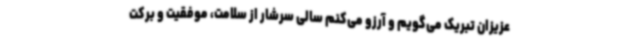
عزیزان تبریک می‌گویم و آرزو می‌کنم سالی سرشار از سلامت، موفقیت و برکت